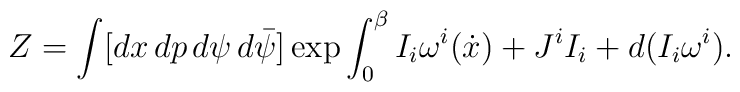
Z=\int[dx\,dp\,d\psi\,d\bar{\psi}]\exp\int_0^{\beta}I_i\omega^i(\dot{x})+J^iI_i+d(I_i\omega^i).